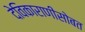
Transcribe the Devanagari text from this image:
देविकाराणीसोबत